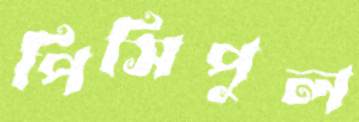
পিসিপুল